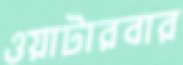
ওয়াটারবার